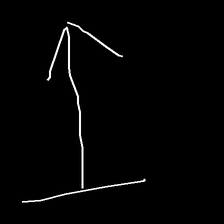
Glyph: levitation